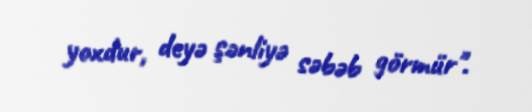
yoxdur, deyə şənliyə səbəb görmür".